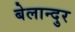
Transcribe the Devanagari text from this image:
बेलान्दुर